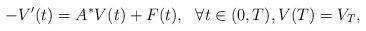
LaTeX: \begin{align*}-V^\prime(t) =A^* V(t) + F(t) , \ \ \forall t\in (0,T), V(T)=V_T,\end{align*}